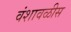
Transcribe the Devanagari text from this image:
वंशावळीस